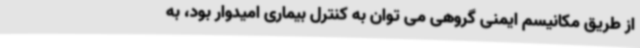
از طریق مکانیسم ایمنی گروهی می توان به کنترل بیماری امیدوار بود، به